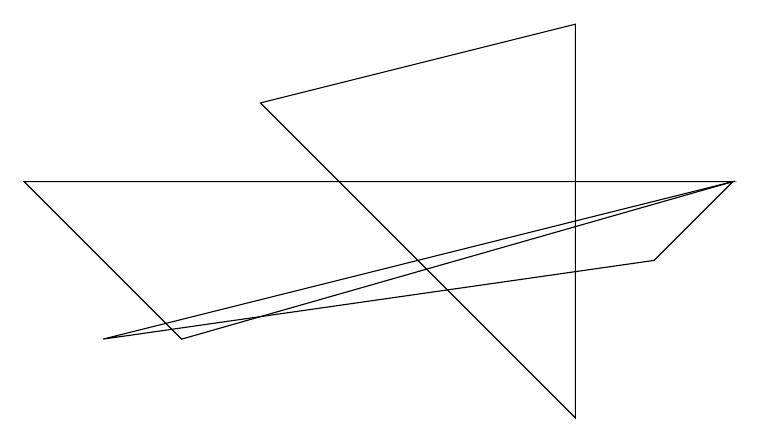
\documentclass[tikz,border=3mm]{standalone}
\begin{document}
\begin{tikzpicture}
\draw (8,3) -- (9,4) -- (1,2) -- cycle;
\draw (0,4) -- (2,2) -- (9,4) -- cycle;
\draw (3,5) -- (7,6) -- (7,1) -- cycle;
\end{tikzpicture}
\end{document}